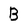
Character: B